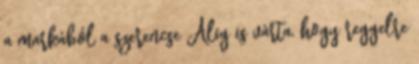
a markából a szerencse Alig is várta, hogy reggelre